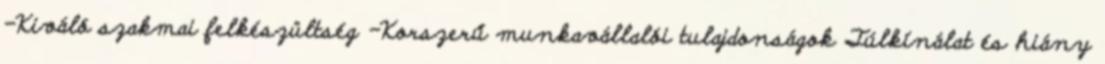
-Kiváló szakmai felkészültség -Korszerű munkavállalói tulajdonságok Túlkínálat és hiány